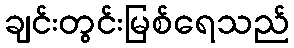
ချင်းတွင်းမြစ်ရေသည်